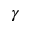
\gamma